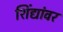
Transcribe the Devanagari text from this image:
शिंद्यांवर